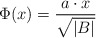
\begin{align*} \Phi(x)= \frac{a \cdot x }{\sqrt{|B|}} \end{align*}